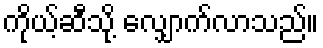
ကိုယ့်ဆီသို့ လျှောက်လာသည်။